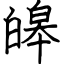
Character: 皞